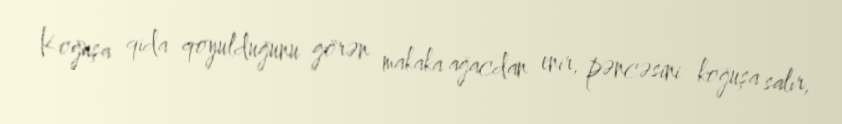
Koğuşa qida qoyulduğunu görən makaka ağacdan enir, pəncəsini koğuşa salır,